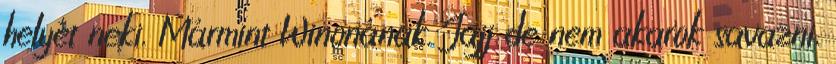
helyét neki. Mármint Winonának. Jajj de nem akarok savazni,